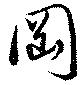
岡